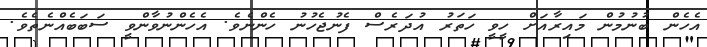
އެހެން ބުނުމުން މައިރާއަށް ހީވީ ހަތަރު އުދަރެސް ފެނުޖެހުނު ހެންނެވެ. އެހެންނުވާންވީ ސަބަބެއްނެތެވެ.